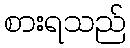
စားရသည်